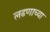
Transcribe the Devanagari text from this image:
लढणाच्या